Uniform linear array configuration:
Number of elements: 8
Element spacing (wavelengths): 0.75
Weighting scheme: blackman
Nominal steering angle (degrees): -30
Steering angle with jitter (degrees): -31.281
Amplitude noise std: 0.05
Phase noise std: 0.05

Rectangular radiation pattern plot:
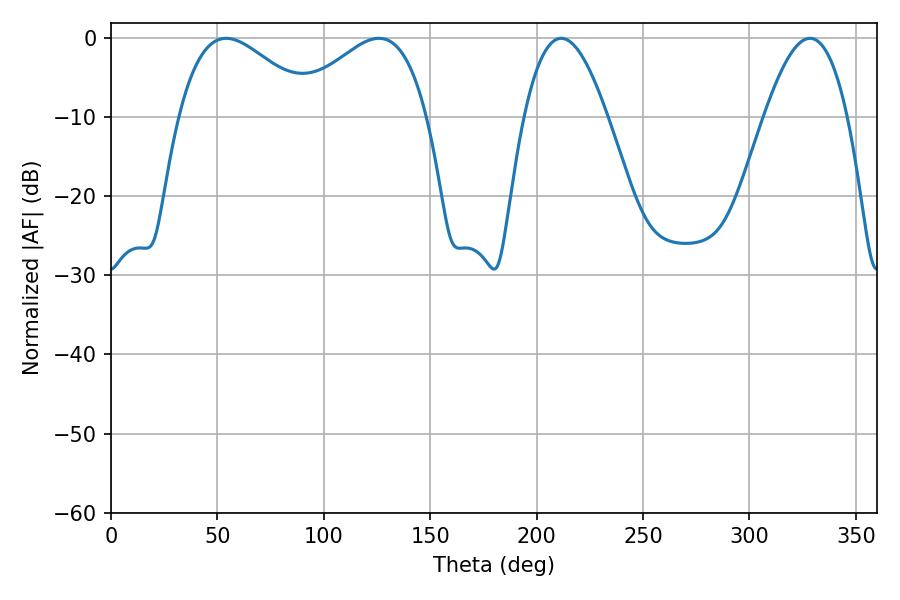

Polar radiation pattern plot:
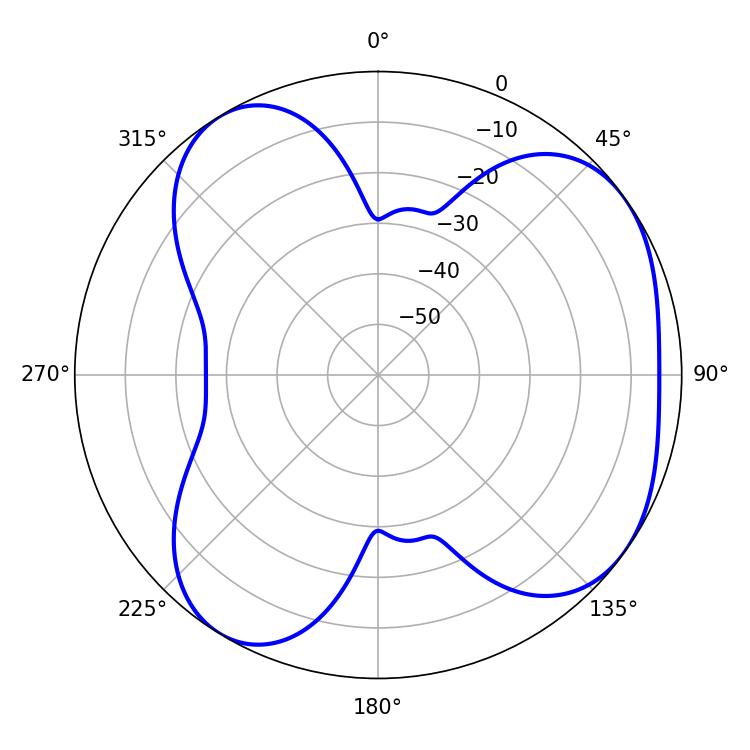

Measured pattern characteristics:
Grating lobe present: TRUE
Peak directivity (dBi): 5.059
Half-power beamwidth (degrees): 21.24
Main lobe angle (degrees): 211.5